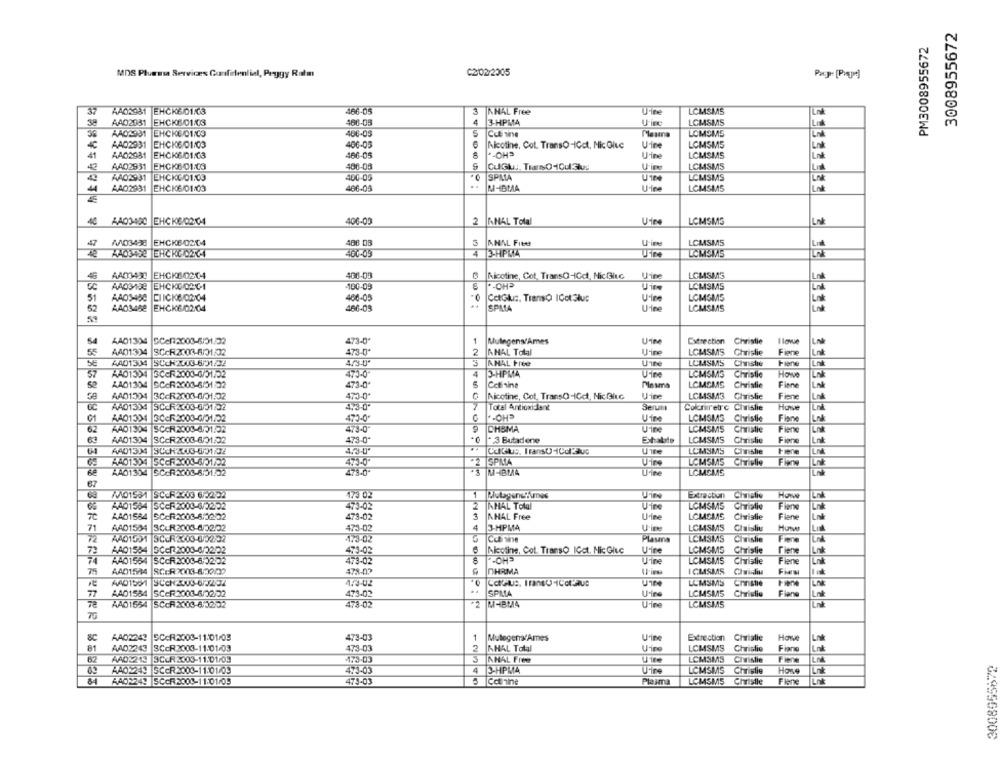
3008955672
PM3008955672
MDS Pluessa Serviræs Confidential, Peggy Ralm
C2/02/2005
37
AA02981
EHCK6 01K3
466-05
3
NHAL Free
UFine
LCMSMS
Lng
3
AAD2031
EHCK6/01/03
4
3-HPMA
U'inc
LCMSMS
486-05
AA02931
EHCHE/01/09
406-
S
Cot tine
Plasma
LOMSMS
AA02031
EHC106/01/03
Nicotine, Cot. TransO-ICct, Nic Give
U'ine
LCMSM5
AA02981
96-05
41
EHCK6/01/03
466-05
"-OH
Urine
LCMSMS
Lnk
AAD2931 EHCK6-01.03
406-03
CulGluy. TransO-1Cul3lug
Uin
LCMSMS
SPALA
AA02931
EHCKC/01.03
400-05
U100
LCMSMS
LNE
AA02931 EHC16/01/03
466-05
M-IBMA
Udine
LOMSMS
Lng
40
AA03400 EHCK6/02/04
400-00
2 ANAL Total
Uine
LCMSM3
Link
47
A003438 EHCK6/0204
486 0B
3
ANAL Fied
Uine
LCMSMS
4
4e
460-09
3-HPMA
LCMSIMS
AA03438
EHCKE0204
400-09
Nicotine, Cot, TransQ-IGct, NicGitc
Urine
LOMSMS
Lnk
AA03138
EHCKO02C-1
100-09
Uine
LOMSMS
Lnk
AA03-450
CIICK6/02/04
408-05
CatGluis. TransO ICot3luc
LOMSMS
AA03458 EHCK6/02/04
480-03
SPMIA
LCMSMS
54
AAD1304
GCen2003-6/01/02
473-0
1
MulingensAmes
Catrection Christie
I love
LA
AA01324
473-0*
2
AHAL Total
55
SC-R2003-8/01/02
LCMSMS Chrislie
Fiene
SE
AAD1304 SCON2703-6/01/32
4/0-0
3
AHAL Free
LCMSMS
Christie
Fine
Lnk
57
AA01304 3CER2003-4/51102
473-0
J-HPMA
Urine
LCMSM3
Christie
Have
50
AA01304
SC:R2003-6/01/02
473-0
Cetinine
Pinsma
LCMSMS
Christie
Flane
AA01304 3C-R2003-6/01/02
470-0'
Nicotine, Cot. TransQ-ICct, Nic Gitc
Uine
LCMSM3
Chrislie
Fiene
Lok
AA01334 SCCR2003-65102
4.3
Total Antioxidant
Serum
Coloriretro Civislie
Howve
Lni
AA01301
470-0
Uine
LCMSM3
Christie
62
AAD1304
SCCH 2008-401.02
473-0
9
CHSMA
Urine
LCMSMS
Christie
63
AAD1304 SCCR2003-6/01/02
473-0*
+ 3 Butadene
Exhalate
LCMSMS
Chrislie
Fiene
AA01334 SCCH2003-67122
LEMSMS
tiene
40-0"
Une
Civislie
A4013)4 5CCF 3003-6/01/02
TSPMA
LCMSMS Christie
6€
4401304 SCARA008-801102
UFine
LOMANS
67
173 02
Extraction
Christie
Howw
AA01504 SCCF2000-8/0202
473-02
INHAL TOlal
UFine
LOMSMS
Christie
7C
AA01584
SC-R2003-6:02-02
473-02
3
NHAL Free
Urine
LOMSMS
Christie
Flane
71
AAD1504
SCUR2003-6/02/02
475-
4
3-HPMA
LCMSMS
Chaisliu
72
AAD1531 SCCR203-05232
Cct Tine
Plasna
LCMSMS
Civislie
Føre
U'ire
Tiene
Lnk
72
AA01584 SCER2003-6/2202
Nicotine, Col. Transo IGet. Nic Gluc
LCMSMS
Christie
74
AA01564 SCOR2003-602:02
" - OHS
Ufine
LCMSMS
Christie
Flene
AA01544
SCOR2003-8.20100
478-02
DHRMA
ICMSMS
Chuisdin
AAD1501 SCCNZJUS-677202
LUMSMS
Christie
77
AAD1584 SCER2003-6/02/02
SPMA
LCMSMS
Christie
Flan
AA01554 SCCR2003-6/0202
478-05
M-BM4
UFine
LCMSMS
76
AA02243
SCAR3003-11/01/03
473-03
1
Mutegens Ames
Extrection Christie
Howe
Lok
81
AAD2243 SCER2003-11/01/03
2
KHAL Total
U'ine
LCMSMS Christie
Fiano
473-03
62
AAD 213 3CCR2003-11:01/09
473-03
AMAL Free
LCMSMS Civislie
Fiene
AA02249 SCCR2003-11:01/09
4
3-HPMA
Howe
473
LCMSMS Christie
84
AAD2243 5CCR 2008-11:01/05
5 Ccthine
Plasma
LCMSMS Christle
Fiene
Ink
628956800₺